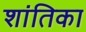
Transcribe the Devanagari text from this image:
शांतिका